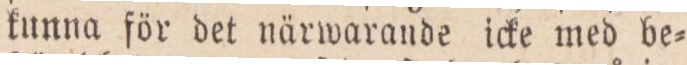
kunna för det närwarande icke med be=